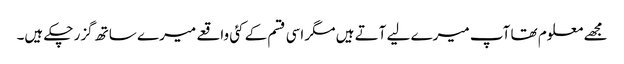
مجھے معلوم تھا آپ میرے لیے آتے ہیں مگر اسی قسم کے کئی واقعے میرے ساتھ گزر چکے ہیں۔